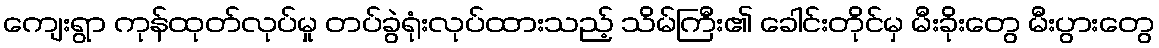
ကျေးရွာ ကုန်ထုတ်လုပ်မှု တပ်ခွဲရုံးလုပ်ထားသည့် သိမ်ကြီး၏ ခေါင်းတိုင်မှ မီးခိုးတွေ မီးပွားတွေ